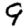
Digit: 9